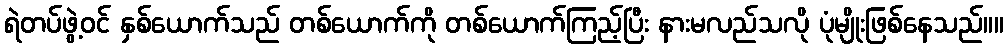
ရဲတပ်ဖွဲ့ဝင် နှစ်ယောက်သည် တစ်ယောက်ကို တစ်ယောက်ကြည့်ပြီး နားမလည်သလို ပုံမျိုးဖြစ်နေသည်။။